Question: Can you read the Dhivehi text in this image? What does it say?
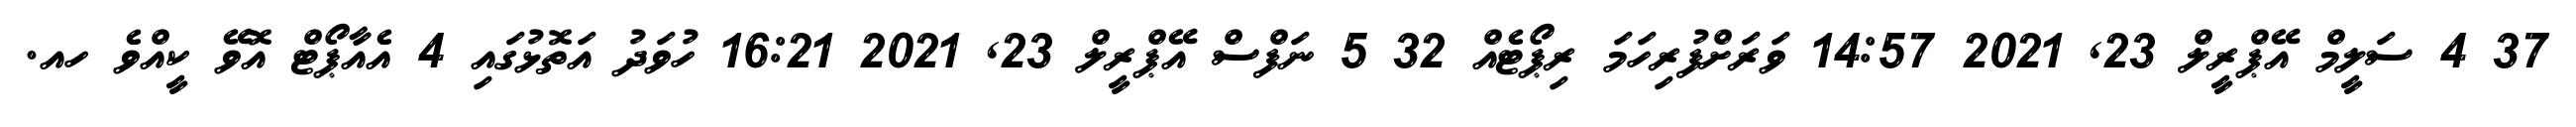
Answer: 37 4 ސަލީމް އޭޕްރީލް 23, 2021 14:57 ވަރަށްފުރިހަމަ ރިޕޯޓެއް 32 5 ނަފްސް އޭޕްރީލް 23, 2021 16:21 ހުވަދު އަތޮޅުގައި 4 އެއާޕޯޓް އޮވޭ ކީއްވެ ހއ.